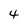
Character: 4